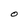
Character: O